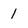
Character: 1